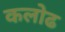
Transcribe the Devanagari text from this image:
कलोढ